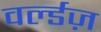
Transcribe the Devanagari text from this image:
वर्ल्डज़